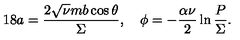
1 8 a = \frac { 2 \sqrt { \nu } m b \cos \theta } { \Sigma } , \quad \phi = - \frac { \alpha \nu } { 2 } \ln \frac { P } { \Sigma } .